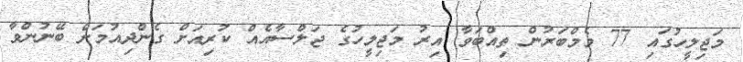
މަޖިލީހުގައި 77 މެމްބަރުން ތިއްބަވާ އިރު މަޖިލީހުގެ ޖަލްސާއެއް ކުރިއަށް ގެންދިއުމަށް ބޭނުންވާ